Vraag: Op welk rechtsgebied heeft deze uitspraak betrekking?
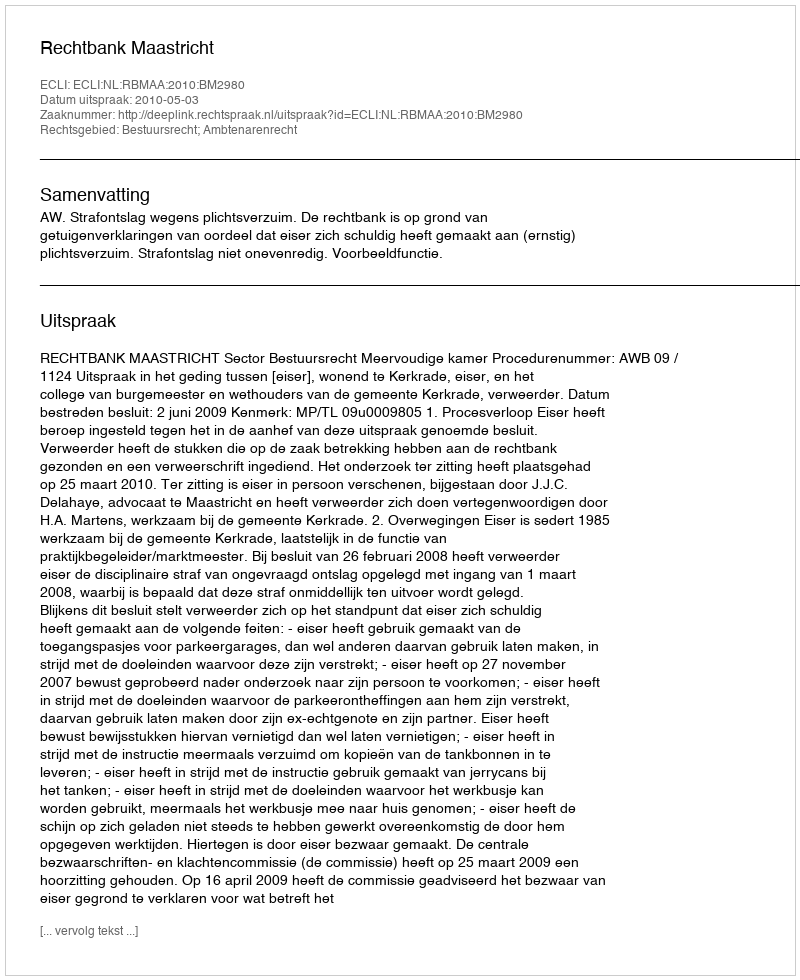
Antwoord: Bestuursrecht; Ambtenarenrecht